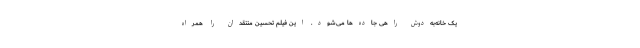
یک خانه‌به‌دوش راهی جاده‌ها می‌شود. این فیلم تحسین منتقدان را همراه